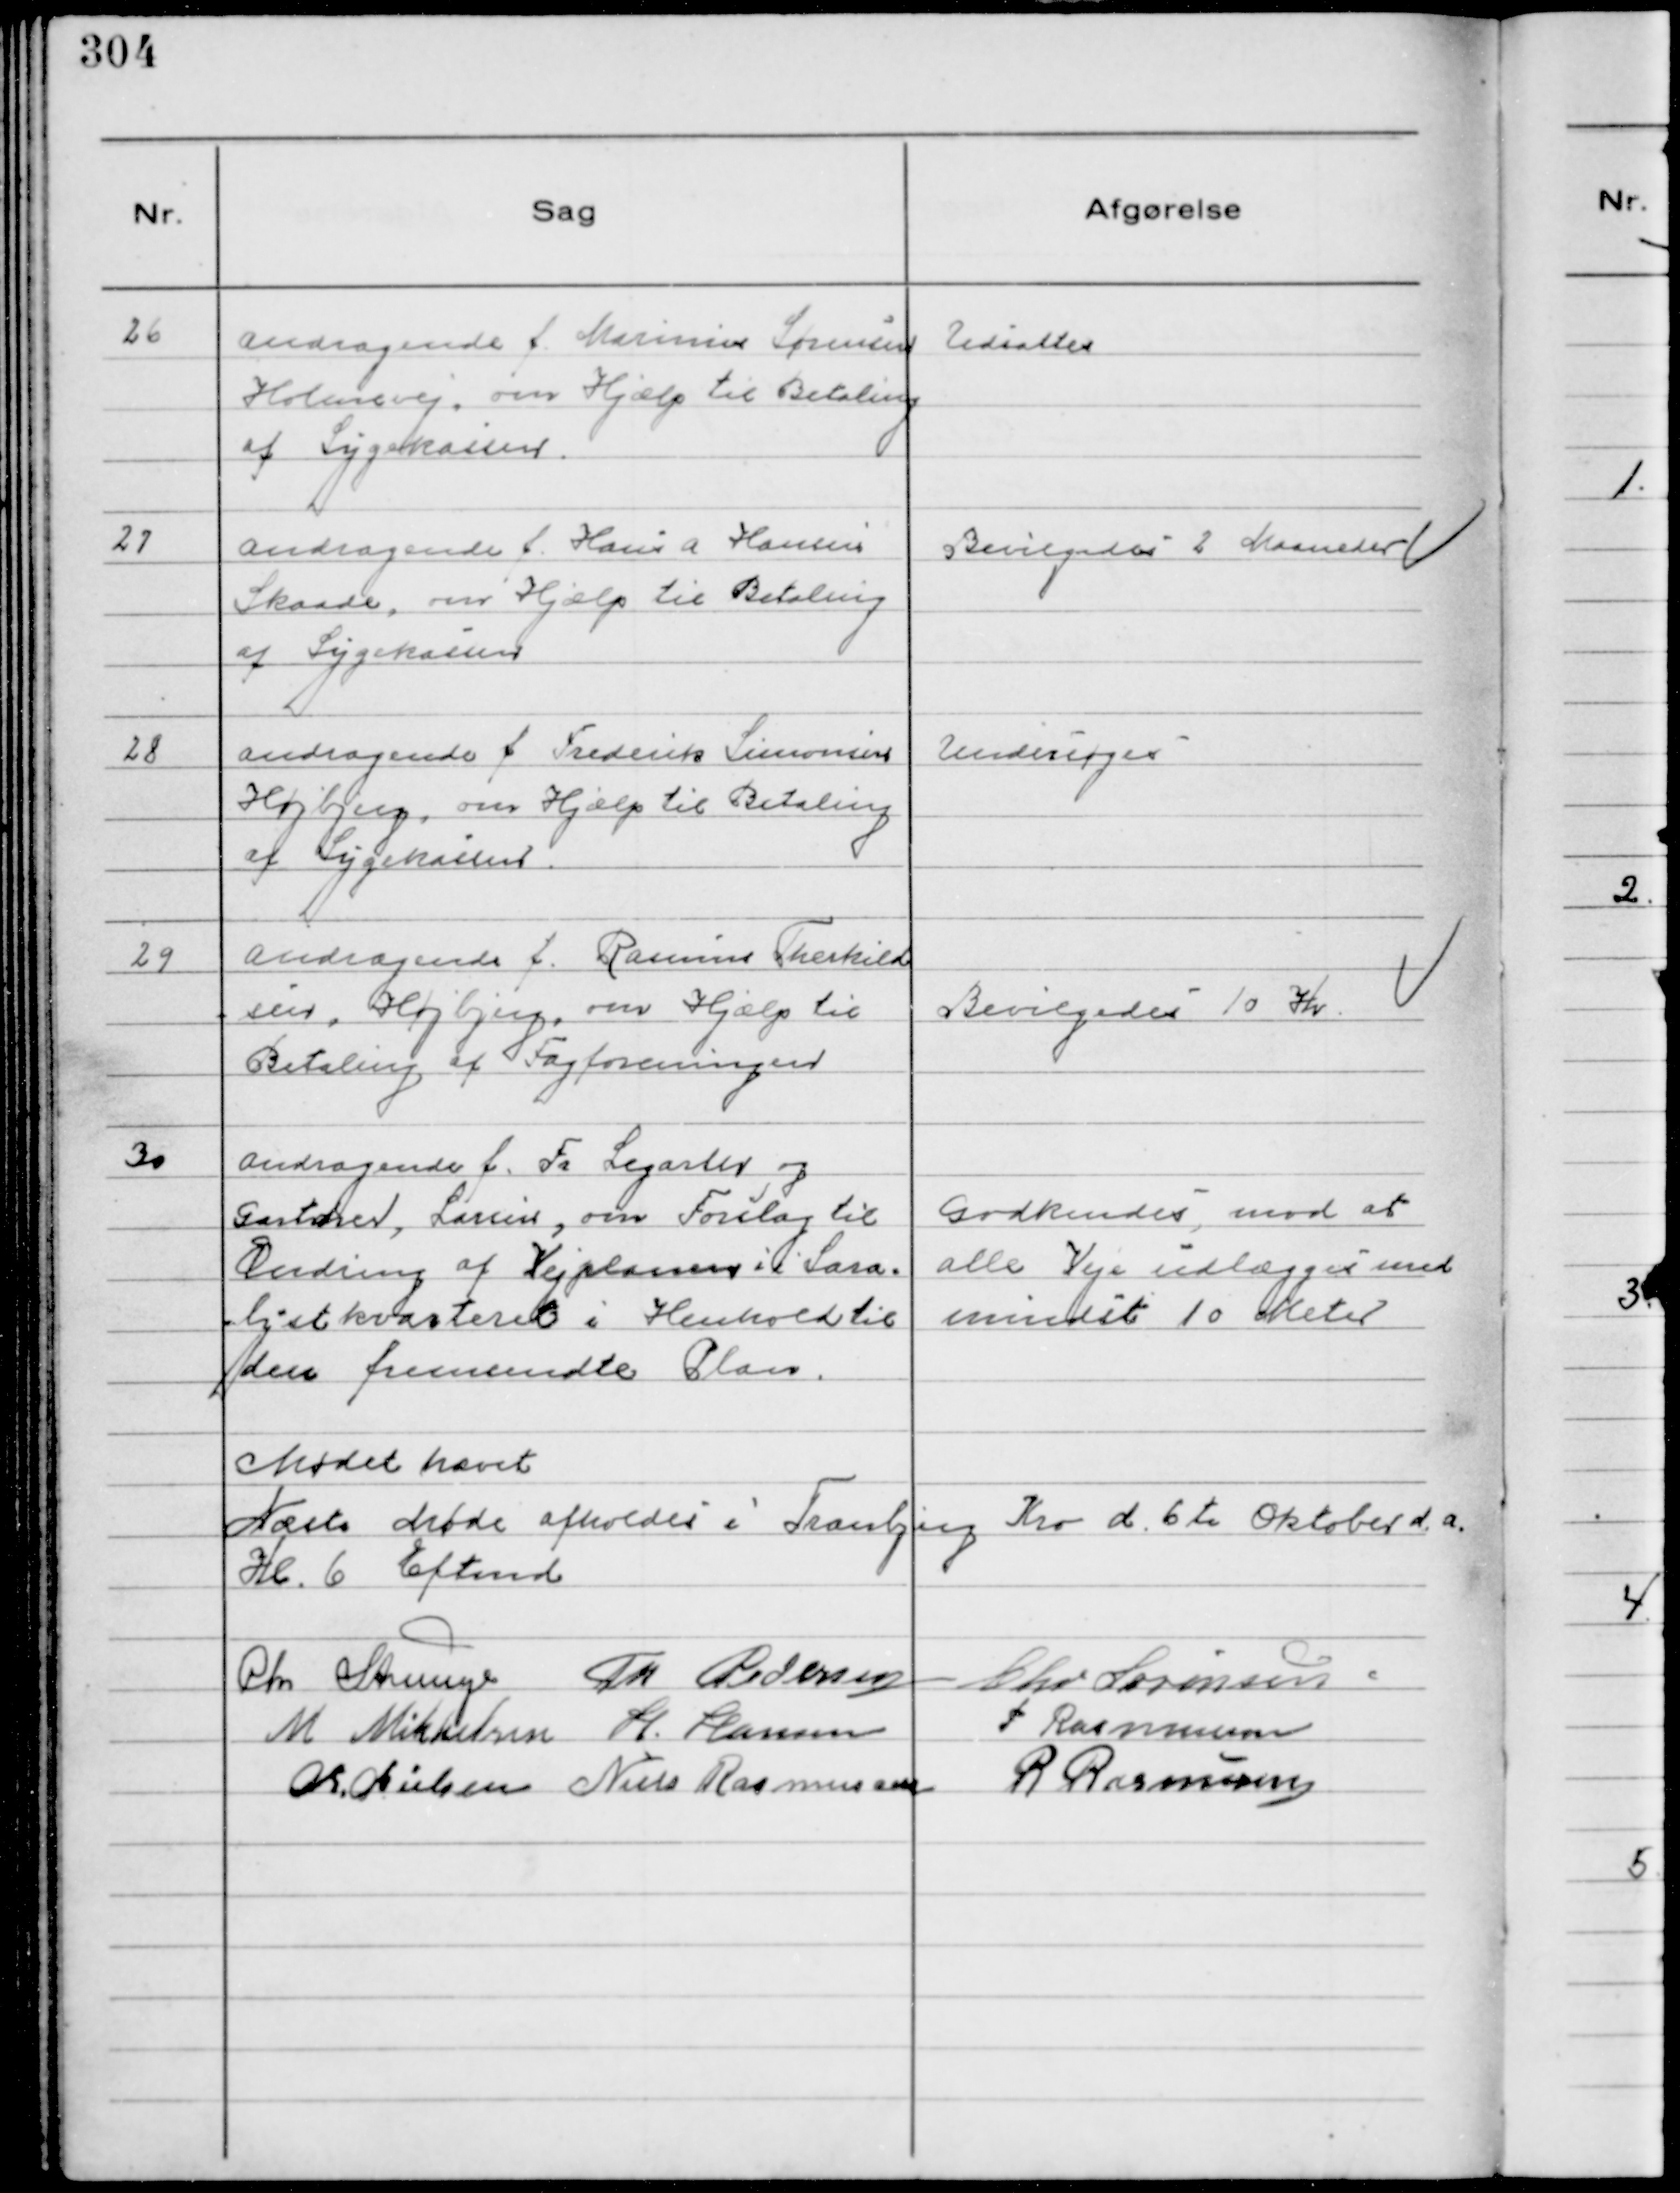
Transskription:
26
Andragende f. Marinus Sørensen
Holmevej, om Hjælp til Betaling
af Sygekassen.

Udsattes

27
Andragende f. Hans A Hansen
Skaade, om Hjælp til Betaling
af Sygekassen

Bevilgedes 2 Maaneder

28
Andragende f Frederik Simonsen
Højbjerg, om Hjælp til Betaling
af Sygekassen.

Undersøges

29
Andragende f. Rasmus Therkild
sen, Højbjerg, om Hjælp til
Betaling af Fagforeningen

Bevilgedes 10 Kr

30
Andragende f. Fr Legarth og
Gartner, Larsen, om Forslag til
Ændring af Vejplanen i Sara-
lystkvarteret i Henhold til
den fremsendte Plan.

Godkendes mod at
alle Veje udlægges med
mindst 10 Meter

Mødet hævet
Næste Møde afholdes i Tranbjerg Kro d. 6te Oktober d.a.
Kl. 6 Eftemd
Chr Strunge
Th Pedersen
Chr Sørensen
M Mikkelsen H. Hansen P Rasmussen
Chr. Nielsen Niels Rasmussen R Rasmussen